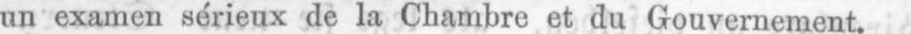
un examen sérieux de la Chambre et du Gouvernement.